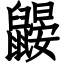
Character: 鼹